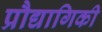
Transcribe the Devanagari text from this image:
प्रौद्यागिकी